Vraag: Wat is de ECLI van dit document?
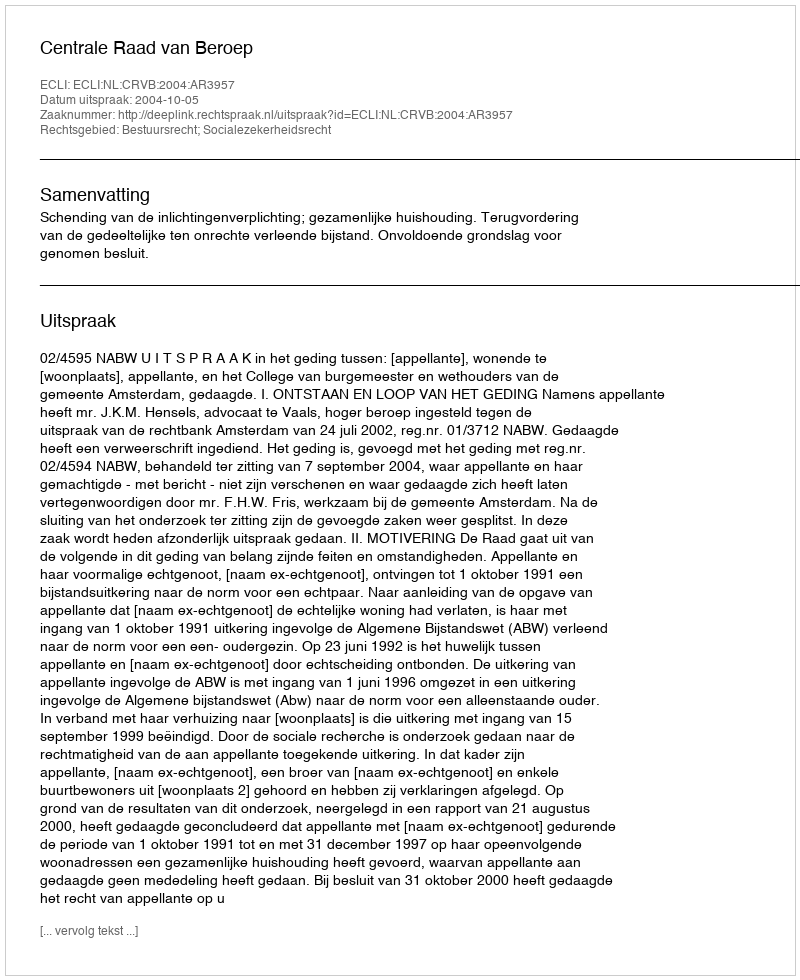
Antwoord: ECLI:NL:CRVB:2004:AR3957